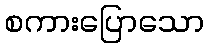
စကားပြောသော